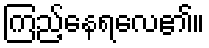
ကြည့်နေရလေ၏။